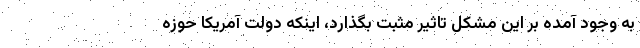
به وجود آمده بر این مشکل تاثیر مثبت بگذارد، اینکه دولت آمریکا حوزه